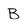
Character: B